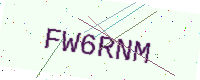
Text: FW6RNM